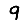
Digit: 9